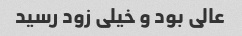
عالی بود و خیلی زود رسید